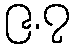
၉.၇